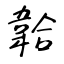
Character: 韐